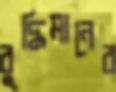
বুদ্ধিমানের